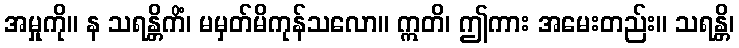
အမှုကို။ န သရန္တိကိံ၊ မမှတ်မိကုန်သလော။ ဣတိ၊ ဤကား အမေးတည်း။ သရန္တိ၊